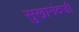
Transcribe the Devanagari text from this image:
सुखानंदजी